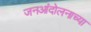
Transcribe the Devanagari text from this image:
जनआंदोलनाच्या